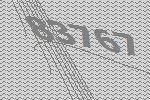
83767